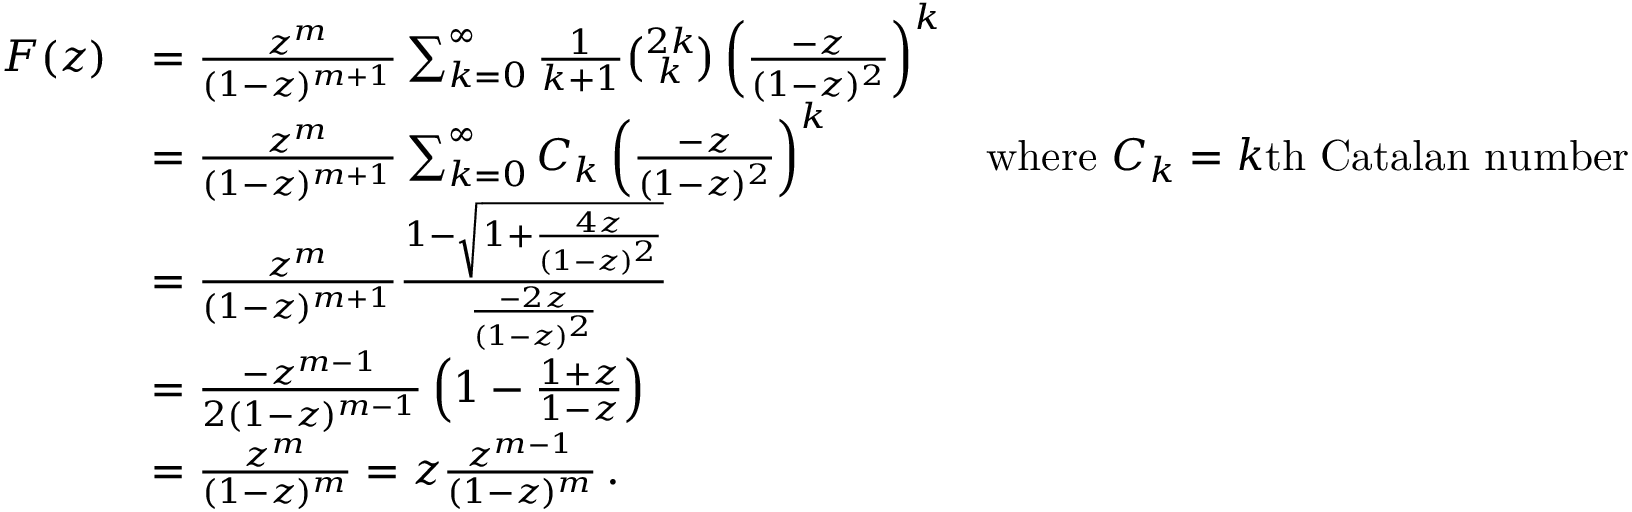
{ \begin{array} { r l r } { F ( z ) } & { = { \frac { z ^ { m } } { ( 1 - z ) ^ { m + 1 } } } \sum _ { k = 0 } ^ { \infty } { { \frac { 1 } { k + 1 } } { \binom { 2 k } { k } } \left( { \frac { - z } { ( 1 - z ) ^ { 2 } } } \right) ^ { k } } } \\ & { = { \frac { z ^ { m } } { ( 1 - z ) ^ { m + 1 } } } \sum _ { k = 0 } ^ { \infty } { C _ { k } \left( { \frac { - z } { ( 1 - z ) ^ { 2 } } } \right) ^ { k } } } & { { \mathrm { w h e r e ~ } } C _ { k } = k { \mathrm { t h ~ C a t a l a n ~ n u m b e r } } } \\ & { = { \frac { z ^ { m } } { ( 1 - z ) ^ { m + 1 } } } { \frac { 1 - { \sqrt { 1 + { \frac { 4 z } { ( 1 - z ) ^ { 2 } } } } } } { \frac { - 2 z } { ( 1 - z ) ^ { 2 } } } } } \\ & { = { \frac { - z ^ { m - 1 } } { 2 ( 1 - z ) ^ { m - 1 } } } \left( 1 - { \frac { 1 + z } { 1 - z } } \right) } \\ & { = { \frac { z ^ { m } } { ( 1 - z ) ^ { m } } } = z { \frac { z ^ { m - 1 } } { ( 1 - z ) ^ { m } } } \, . } \end{array} }